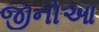
જીનોઆ